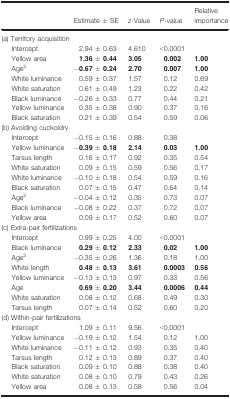
<table><thead><tr><td></td><td><b>Estimate ± SE</b></td><td><b><i>z</i>-Value</b></td><td><b><i>P</i>-value</b></td><td><b>Relative importance</b></td></tr></thead><tbody><tr><td colspan="5">(a) Territory acquisition</td></tr><tr><td> Intercept</td><td>2.94 ± 0.63</td><td>4.610</td><td>&lt;0.0001</td><td></td></tr><tr><td> Yellow area</td><td><b>1.36 ± 0.44</b></td><td><b>3.05</b></td><td><b>0.002</b></td><td><b>1.00</b></td></tr><tr><td> Age<sup>2</sup></td><td>−<b>0.67 ± 0.24</b></td><td><b>2.70</b></td><td><b>0.007</b></td><td><b>1.00</b></td></tr><tr><td> White luminance</td><td>0.59 ± 0.37</td><td>1.57</td><td>0.12</td><td>0.69</td></tr><tr><td> White saturation</td><td>0.61 ± 0.49</td><td>1.23</td><td>0.22</td><td>0.42</td></tr><tr><td> Black luminance</td><td>−0.26 ± 0.33</td><td>0.77</td><td>0.44</td><td>0.21</td></tr><tr><td> Yellow luminance</td><td>0.35 ± 0.38</td><td>0.90</td><td>0.37</td><td>0.16</td></tr><tr><td> Black saturation</td><td>0.21 ± 0.39</td><td>0.54</td><td>0.59</td><td>0.06</td></tr><tr><td colspan="5">(b) Avoiding cuckoldry</td></tr><tr><td> Intercept</td><td>−0.15 ± 0.16</td><td>0.88</td><td>0.38</td><td></td></tr><tr><td> Yellow luminance</td><td>−<b>0.39 ± 0.18</b></td><td><b>2.14</b></td><td><b>0.03</b></td><td><b>1.00</b></td></tr><tr><td> Tarsus length</td><td>0.16 ± 0.17</td><td>0.92</td><td>0.35</td><td>0.54</td></tr><tr><td> White saturation</td><td>0.09 ± 0.15</td><td>0.59</td><td>0.56</td><td>0.17</td></tr><tr><td> White luminance</td><td>−0.10 ± 0.18</td><td>0.54</td><td>0.59</td><td>0.16</td></tr><tr><td> Black saturation</td><td>0.07 ± 0.15</td><td>0.47</td><td>0.64</td><td>0.14</td></tr><tr><td> Age<sup>2</sup></td><td>−0.04 ± 0.12</td><td>0.35</td><td>0.73</td><td>0.07</td></tr><tr><td> Black luminance</td><td>−0.08 ± 0.22</td><td>0.37</td><td>0.72</td><td>0.07</td></tr><tr><td> Yellow area</td><td>0.09 ± 0.17</td><td>0.52</td><td>0.60</td><td>0.07</td></tr><tr><td colspan="5">(c) Extra-pair fertilizations</td></tr><tr><td> Intercept</td><td>0.99 ± 0.25</td><td>4.00</td><td>&lt;0.0001</td><td></td></tr><tr><td> Black luminance</td><td><b>0.29 ± 0.12</b></td><td><b>2.33</b></td><td><b>0.02</b></td><td><b>1.00</b></td></tr><tr><td> Age<sup>2</sup></td><td>−0.35 ± 0.26</td><td>1.36</td><td>0.18</td><td>1.00</td></tr><tr><td> White length</td><td><b>0.48 ± 0.13</b></td><td><b>3.61</b></td><td><b>0.0003</b></td><td><b>0.56</b></td></tr><tr><td> Yellow luminance</td><td>−0.13 ± 0.13</td><td>0.97</td><td>0.33</td><td>0.56</td></tr><tr><td> Age</td><td><b>0.69 ± 0.20</b></td><td><b>3.44</b></td><td><b>0.0006</b></td><td><b>0.44</b></td></tr><tr><td> White saturation</td><td>0.08 ± 0.12</td><td>0.68</td><td>0.49</td><td>0.30</td></tr><tr><td> Tarsus length</td><td>0.07 ± 0.14</td><td>0.52</td><td>0.60</td><td>0.20</td></tr><tr><td colspan="5">(d) Within-pair fertilizations</td></tr><tr><td> Intercept</td><td>1.09 ± 0.11</td><td>9.56</td><td>&lt;0.0001</td><td></td></tr><tr><td> Yellow luminance</td><td>−0.19 ± 0.12</td><td>1.54</td><td>0.12</td><td>1.00</td></tr><tr><td> White luminance</td><td>−0.11 ± 0.12</td><td>0.93</td><td>0.35</td><td>0.40</td></tr><tr><td> Tarsus length</td><td>0.12 ± 0.13</td><td>0.89</td><td>0.37</td><td>0.40</td></tr><tr><td> Black saturation</td><td>0.09 ± 0.10</td><td>0.88</td><td>0.38</td><td>0.40</td></tr><tr><td> White saturation</td><td>0.08 ± 0.10</td><td>0.79</td><td>0.43</td><td>0.26</td></tr><tr><td> Yellow area</td><td>0.08 ± 0.13</td><td>0.58</td><td>0.56</td><td>0.04</td></tr></tbody></table>